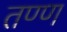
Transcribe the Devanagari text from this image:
तण्ण